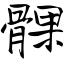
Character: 髁